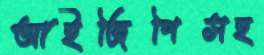
আইজিপিসহ